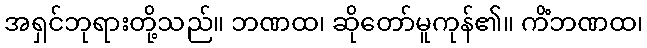
အရှင်ဘုရားတို့သည်။ ဘဏထ၊ ဆိုတော်မူကုန်၏။ ကိံဘဏထ၊